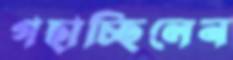
গছাচ্ছিলেন